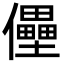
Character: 㒦